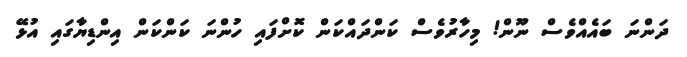
ދަންނަ ބައެއްވެސް ނޫން! މިހާރުވެސް ކަންދައްކަން ކޮށްފައި ހުންނަ ކަންކަން އިންޑިޔާގައި އުޅޭ